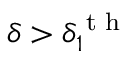
\delta > \delta _ { 1 } ^ { \textrm { t h } }